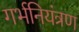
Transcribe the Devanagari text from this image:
गर्भनियंत्रण